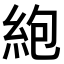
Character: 𫃠